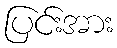
ပြင်းအား